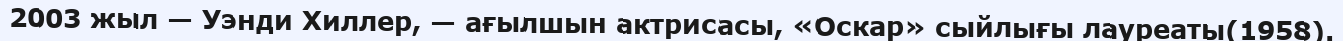
2003 жыл — Уэнди Хиллер, — ағылшын актрисасы, «Оскар» сыйлығы лауреаты(1958).